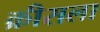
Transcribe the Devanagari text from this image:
क्रीसला